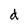
Character: d